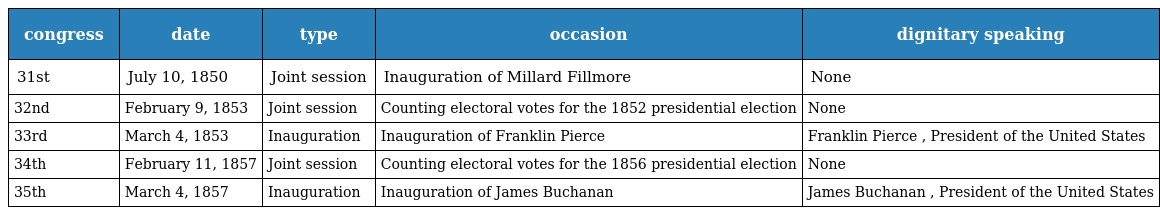
| congress | date | type | occasion | dignitary speaking |
 | --- | --- | --- | --- | --- |
 | 31st | July 10, 1850 | Joint session | Inauguration of Millard Fillmore | None |
 | 32nd | February 9, 1853 | Joint session | Counting electoral votes for the 1852 presidential election | None |
 | 33rd | March 4, 1853 | Inauguration | Inauguration of Franklin Pierce | Franklin Pierce , President of the United States |
 | 34th | February 11, 1857 | Joint session | Counting electoral votes for the 1856 presidential election | None |
 | 35th | March 4, 1857 | Inauguration | Inauguration of James Buchanan | James Buchanan , President of the United States |